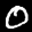
Label: 0